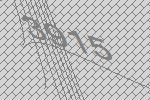
3915